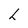
Character: L